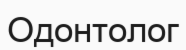
Одонтолог